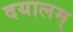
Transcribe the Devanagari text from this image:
दयालम्